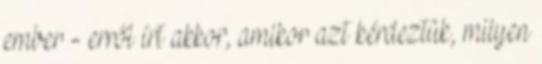
ember - erről írt akkor, amikor azt kérdeztük, milyen